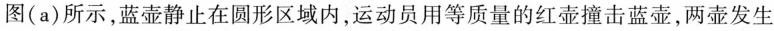
图(a)所示，蓝壶静止在圆形区域内，运动员用等质量的红壶撞击蓝壶，两壶发生